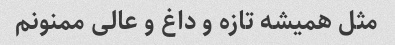
مثل همیشه تازه و داغ و عالی ممنونم